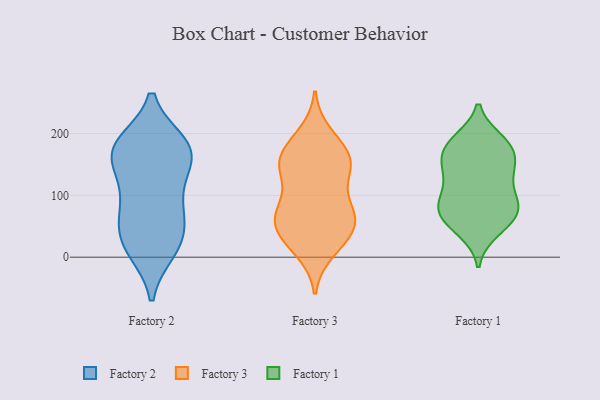
{"axis": {"x": "Satisfaction Score", "y": "Value"}, "legend": ["Factory 1", "Factory 2", "Factory 3"], "data": [{"x": "", "y": 64, "type": "Factory 2"}, {"x": "", "y": 87, "type": "Factory 2"}, {"x": "", "y": 30, "type": "Factory 2"}, {"x": "", "y": 182, "type": "Factory 2"}, {"x": "", "y": 169, "type": "Factory 2"}, {"x": "", "y": 134, "type": "Factory 2"}, {"x": "", "y": 177, "type": "Factory 2"}, {"x": "", "y": 60, "type": "Factory 2"}, {"x": "", "y": 167, "type": "Factory 2"}, {"x": "", "y": 143, "type": "Factory 2"}, {"x": "", "y": 94, "type": "Factory 2"}, {"x": "", "y": 179, "type": "Factory 2"}, {"x": "", "y": 184, "type": "Factory 2"}, {"x": "", "y": 11, "type": "Factory 2"}, {"x": "", "y": 28, "type": "Factory 2"}, {"x": "", "y": 11, "type": "Factory 2"}, {"x": "", "y": 138, "type": "Factory 3"}, {"x": "", "y": 185, "type": "Factory 3"}, {"x": "", "y": 82, "type": "Factory 3"}, {"x": "", "y": 39, "type": "Factory 3"}, {"x": "", "y": 37, "type": "Factory 3"}, {"x": "", "y": 148, "type": "Factory 3"}, {"x": "", "y": 10, "type": "Factory 3"}, {"x": "", "y": 199, "type": "Factory 3"}, {"x": "", "y": 163, "type": "Factory 3"}, {"x": "", "y": 17, "type": "Factory 3"}, {"x": "", "y": 79, "type": "Factory 3"}, {"x": "", "y": 64, "type": "Factory 3"}, {"x": "", "y": 167, "type": "Factory 3"}, {"x": "", "y": 82, "type": "Factory 3"}, {"x": "", "y": 146, "type": "Factory 3"}, {"x": "", "y": 59, "type": "Factory 3"}, {"x": "", "y": 155, "type": "Factory 3"}, {"x": "", "y": 46, "type": "Factory 3"}, {"x": "", "y": 134, "type": "Factory 3"}, {"x": "", "y": 64, "type": "Factory 3"}, {"x": "", "y": 162, "type": "Factory 1"}, {"x": "", "y": 109, "type": "Factory 1"}, {"x": "", "y": 70, "type": "Factory 1"}, {"x": "", "y": 82, "type": "Factory 1"}, {"x": "", "y": 49, "type": "Factory 1"}, {"x": "", "y": 86, "type": "Factory 1"}, {"x": "", "y": 185, "type": "Factory 1"}, {"x": "", "y": 81, "type": "Factory 1"}, {"x": "", "y": 128, "type": "Factory 1"}, {"x": "", "y": 42, "type": "Factory 1"}, {"x": "", "y": 142, "type": "Factory 1"}, {"x": "", "y": 78, "type": "Factory 1"}, {"x": "", "y": 143, "type": "Factory 1"}, {"x": "", "y": 138, "type": "Factory 1"}, {"x": "", "y": 187, "type": "Factory 1"}, {"x": "", "y": 56, "type": "Factory 1"}, {"x": "", "y": 189, "type": "Factory 1"}, {"x": "", "y": 176, "type": "Factory 1"}, {"x": "", "y": 86, "type": "Factory 1"}, {"x": "", "y": 169, "type": "Factory 1"}]}